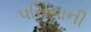
પસિનાની